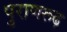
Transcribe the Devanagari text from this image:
पुराणरूढ़